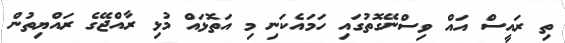
ތި ރައީސް އައް ވިސްނޭގޮތުގައި ހަމައެކަނި މި އަތޮޅައް މުޅި ރާއްޖޭގެ ރައްޔިތުން